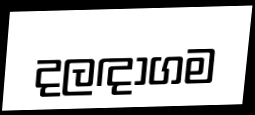
දලඳාගම